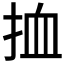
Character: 𢬔